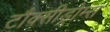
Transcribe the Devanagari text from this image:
टौक्सीड्रोम्स